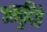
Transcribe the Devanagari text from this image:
अनुदिते